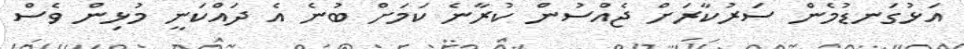
އަޅުގަނޑުމެން ސަރުކާރަށް ޖެއްސުން ކުރާނެ ކަމަށް ބުނެ އެ ދައްކަނީ މުޅިން ވެސް